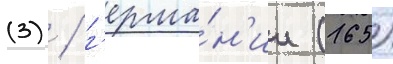
(3) / г'ерма́н'ии (165)